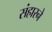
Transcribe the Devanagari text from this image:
संहारने